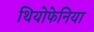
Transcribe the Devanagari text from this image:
थियोफेनिया